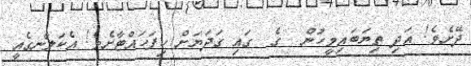
ދޭށެވެ! އަދި ތިޔަބައިމީހުން  ގެ  ގައި ގަދަޔަށް ހިފަހައްޓާށެވެ! އެކަލާނގެއީ